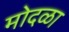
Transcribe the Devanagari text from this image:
मोदळा